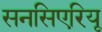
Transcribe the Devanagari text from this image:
सनसिएरियू